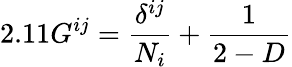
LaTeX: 2.11G^{ij}=\frac{\delta^{ij}}{N_{i}}+\frac{1}{2-D}